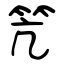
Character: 笐